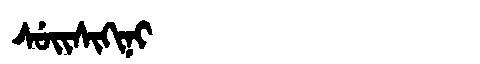
Manchu: ᠰᡠᡳᠰᡳᡴᡳᠨᡳ
Romanization: SUISIKINI